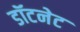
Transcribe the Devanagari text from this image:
डॉटनेट